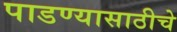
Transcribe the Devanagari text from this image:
पाडण्यासाठीचे